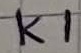
Text: K1